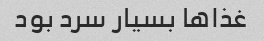
غذا‌ها بسیار سرد بود